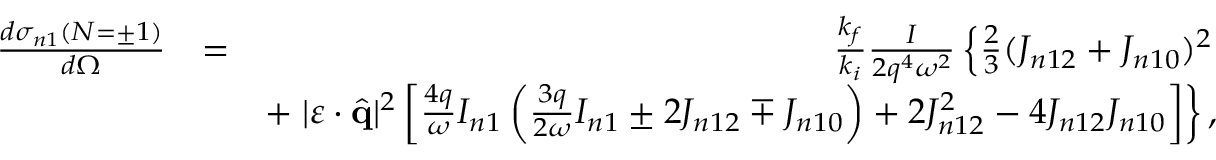
\begin{array} { r l r } { \frac { d { \sigma } _ { n 1 } ( N = \pm 1 ) } { d \Omega } } & { = } & { \frac { k _ { f } } { k _ { i } } \frac { I } { 2 q ^ { 4 } \omega ^ { 2 } } \left\{ \frac { 2 } { 3 } ( { \cal J } _ { n 1 2 } + { \cal J } _ { n 1 0 } ) ^ { 2 } \right. } \\ & { } & { + \left. | \boldsymbol { \varepsilon } \cdot \hat { \mathbf { q } } | ^ { 2 } \left[ \frac { 4 q } { \omega } { \cal I } _ { n 1 } \left( \frac { 3 q } { 2 \omega } { \cal I } _ { n 1 } \pm 2 { \cal J } _ { n 1 2 } \mp { \cal J } _ { n 1 0 } \right) + 2 { \cal J } _ { n 1 2 } ^ { 2 } - 4 { \cal J } _ { n 1 2 } { \cal J } _ { n 1 0 } \right] \right\} , } \end{array}